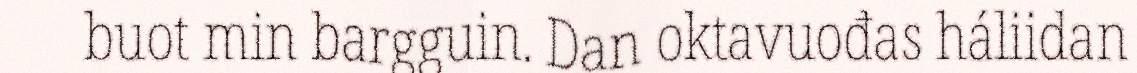
buot min bargguin. Dan oktavuođas háliidan